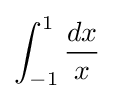
\int _{-1}^{1}{\frac {dx}{x}}